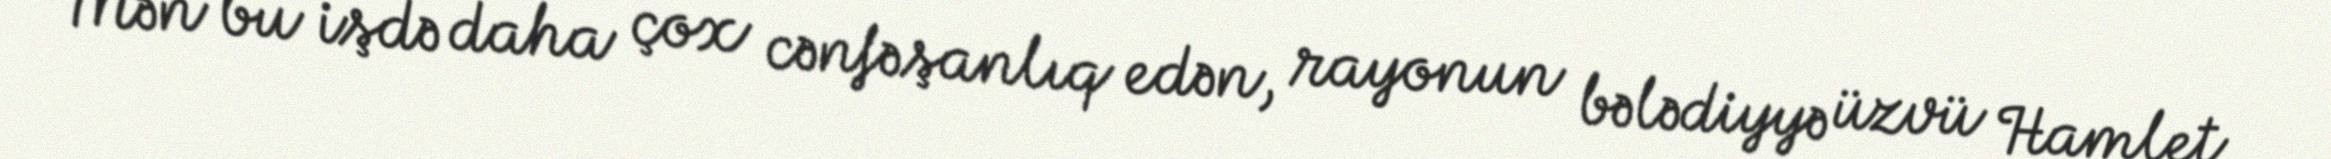
Mən bu işdə daha çox cənfəşanlıq edən, rayonun bələdiyyə üzvü Hamlet